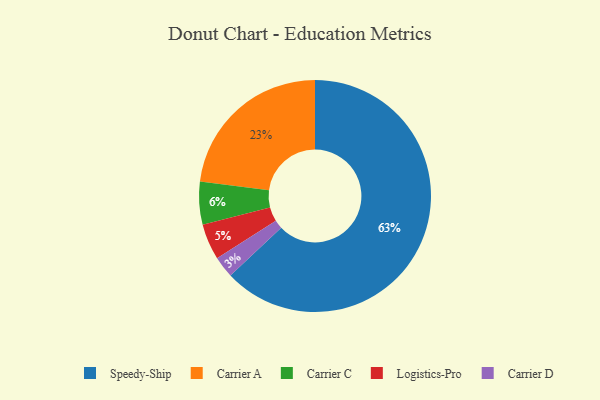
{"axis": {"x": "Category", "y": "Percentage"}, "legend": ["Carrier A", "Carrier C", "Carrier D", "Logistics-Pro", "Speedy-Ship"], "data": [{"x": "Logistics-Pro", "y": 5, "type": "Logistics-Pro"}, {"x": "Speedy-Ship", "y": 63, "type": "Speedy-Ship"}, {"x": "Carrier D", "y": 3, "type": "Carrier D"}, {"x": "Carrier A", "y": 23, "type": "Carrier A"}, {"x": "Carrier C", "y": 6, "type": "Carrier C"}]}